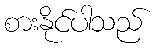
စားနိုင်ပါသည်